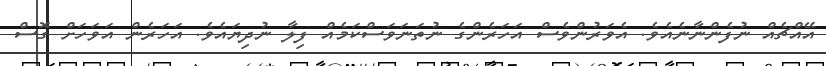
އޭއްޗެއް ނުފެންނާނެއެވެ. އެވަރުންވެސް އަހަރެންގެ ނުތަނަވަސްކަމެއް ފިލާ ނުދިޔައެވެ. އަހަރެން އަވަހަށް ގޮސް